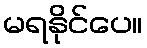
မရနိုင်ပေ။